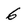
Character: 6